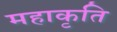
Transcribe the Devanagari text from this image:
महाकृति